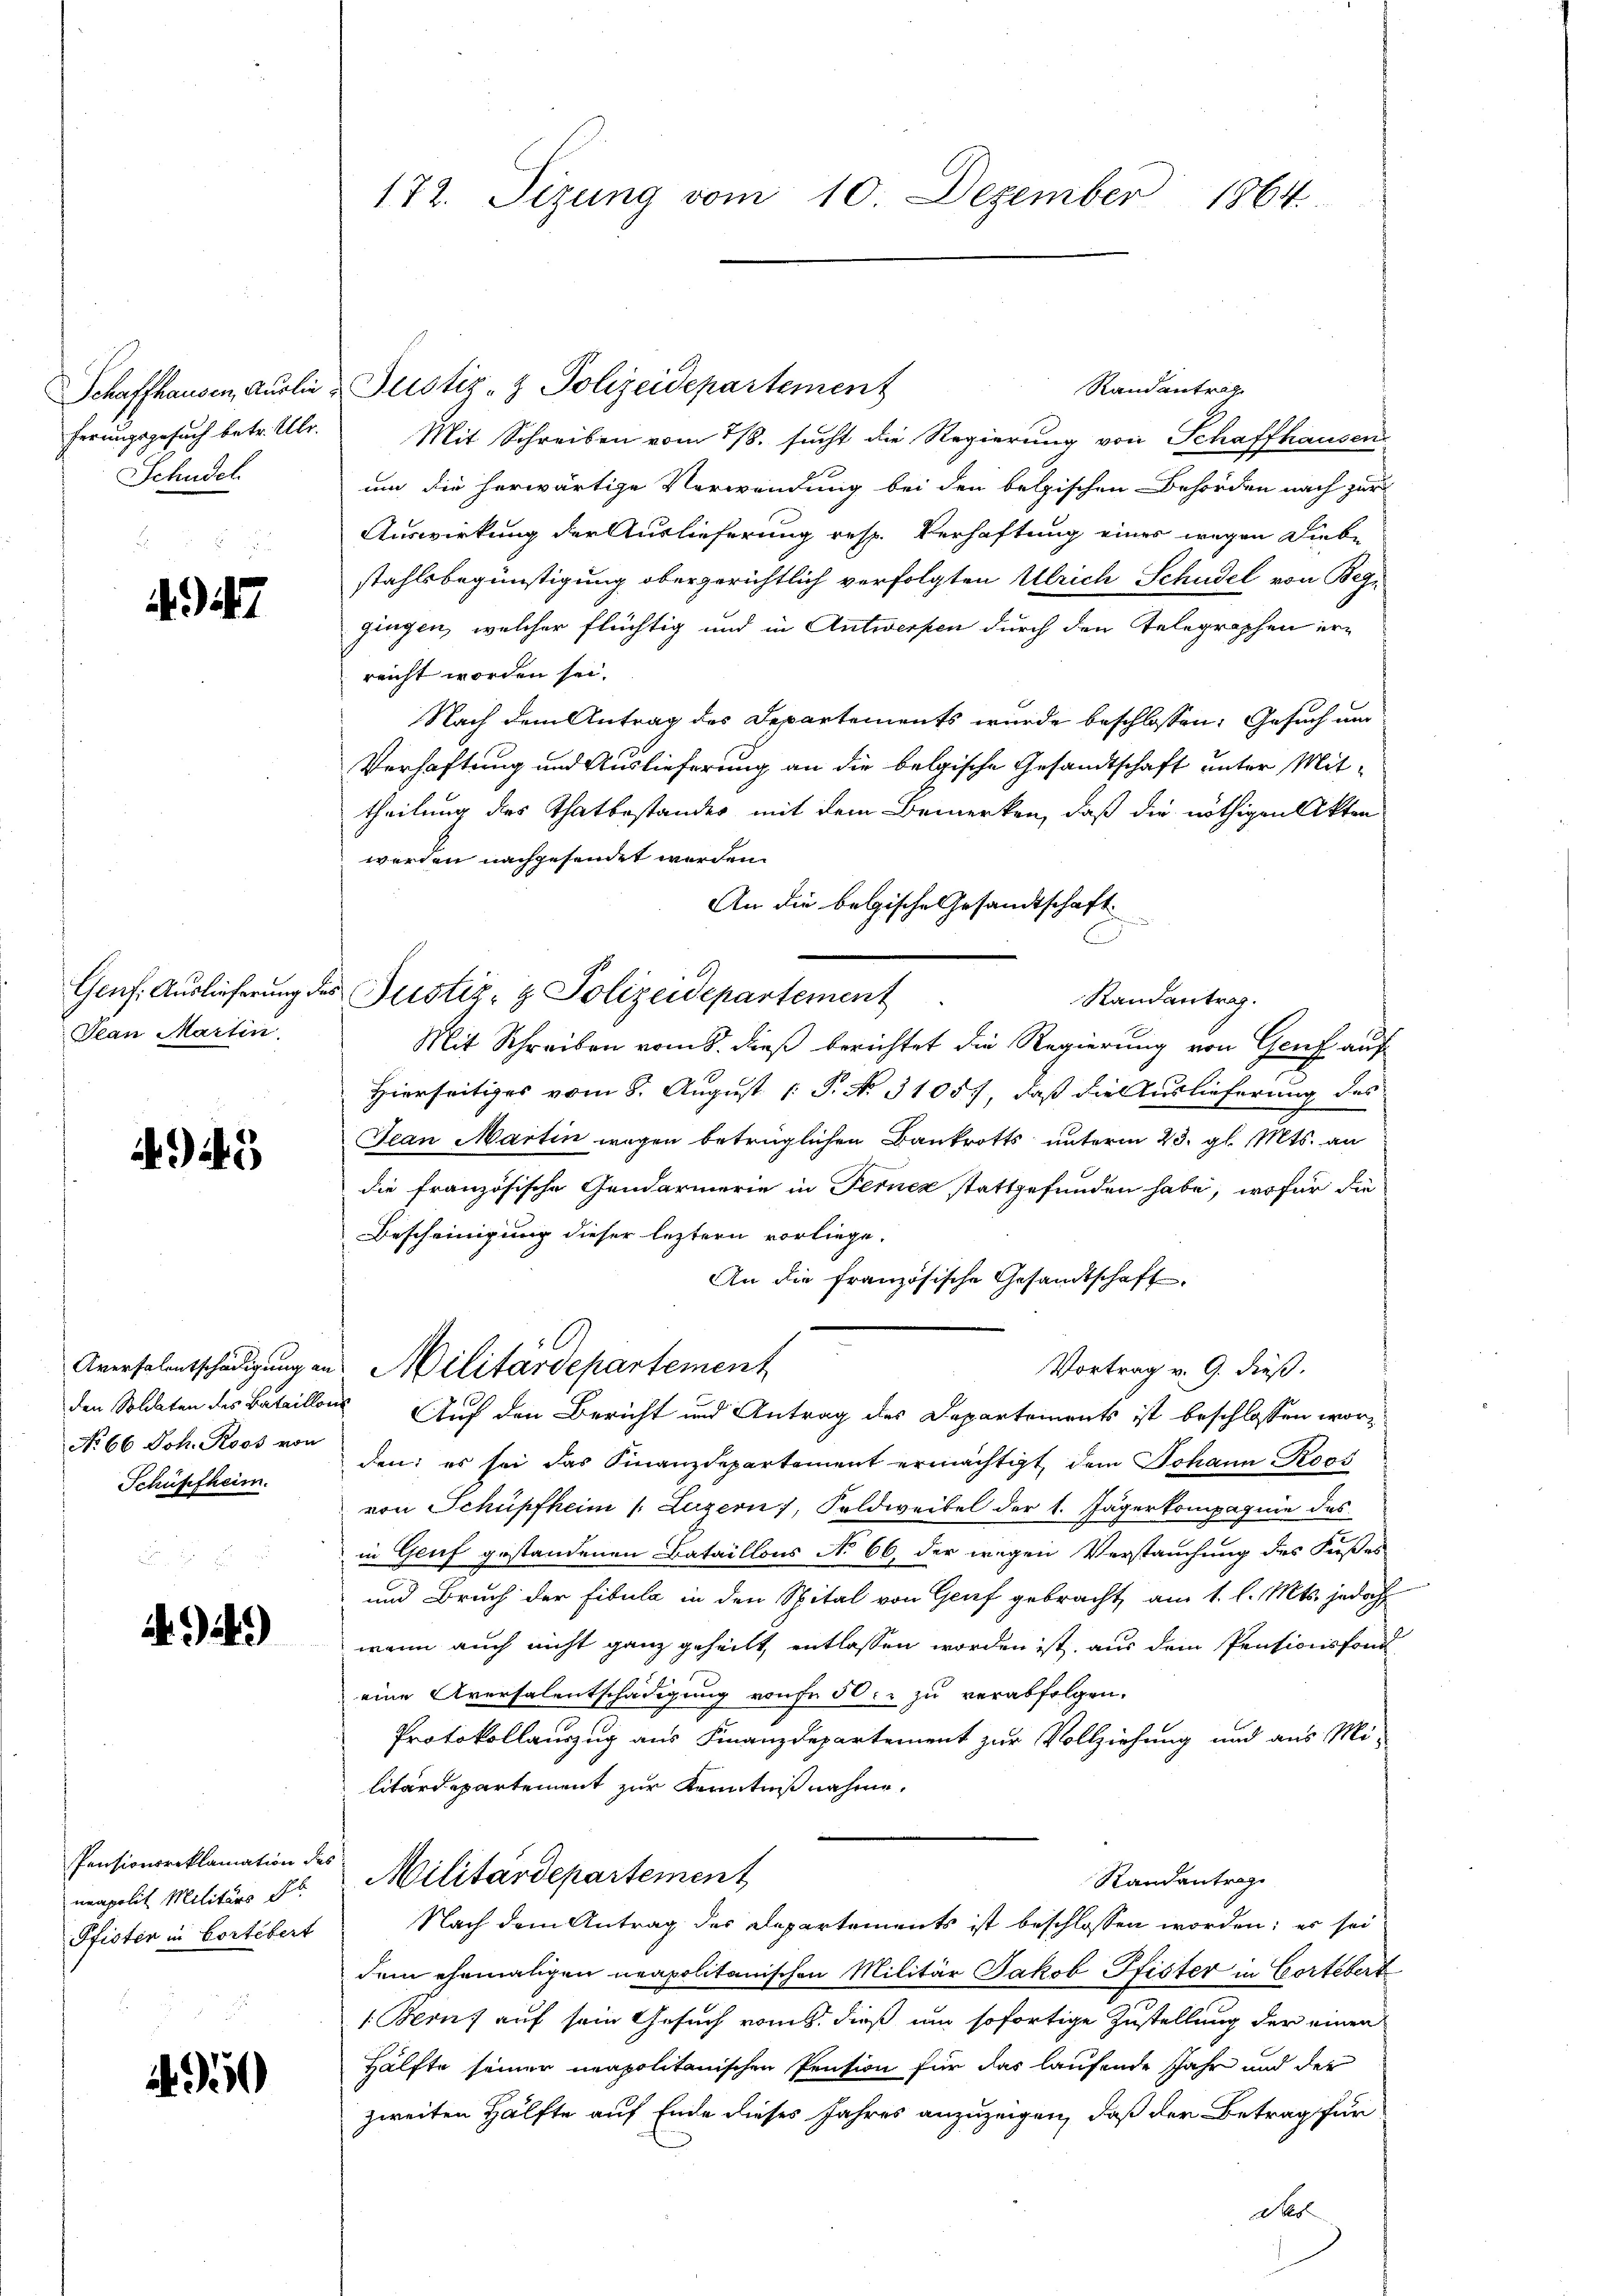
Schudel.
2

7

Jean Martin

3

No 66 Joh. Roos von
Schüsefheim.
.

a. a.)

Pensionsreklamation des
neapolit Militärs St.
Pfisten in Cortebert

Randantrag
Schaffhausen, Auslie Justiz- & Polizeidepartement
ferungsgesuch betr. Ulr. Mit Schreiben vom 7/8. sucht die Regierung von Schaffhausen
um die herwärtige Verwendung bei den belgischen Behörden nach zur
Auswirkung der Auslieferung resp. Verhaftung eines wegen Liebe
stahlsbegünstigung obergerichtlich verfolgten Ulrich Schudel von Begingen, welcher flüchtig und in Antwerfen durch den Telegraphen erreicht worden sei.
Nach dem Antrag des Departements wurde beschlossen: Gesuch um
Verhaftung und Auslieferung an die belgische Gesandtschaft unter Mittheilung des Thatbestandes mit dem Bemerken, daß die nöthigen Akten
werden nachgesendet werden.
An die belgische Gesandtschaft
Randantrag.
Mit Schreiben vom 8. dieß berichtet die Regierung von Genf auf
Hierseitiges vom 8. August [ P. No. 3105), daß die Auslieferung des
Jean Martin wegen betrüglichen Bankrotts unterm 23. gl. Mts. an
die französische Gendarmerie in Ferner stattgefunden habe, wofür die
Bescheinigung dieser leztern vorliege.
An die französische Gesandtschaft.
Aversalentschädigung an Militärdepartement
Vortrag v. 9. dieß.
den Soldaten des Bataillons Auf den Bericht und Antrag des Departements ist beschlossen worden; es sei das Finanzdepartement ermächtigt, dem Johann Roos
von Schüpfheim s. Luzern, Soldweibel der 1. Jägerkompagnie des
in Genf gestandenen Bataillons No 66, der wegen Verstauchung des Fußes
und Bruch der Fibula in den Spital von Genf gebracht, am 1. l. Mts. jedoch
wenn auch nicht ganz geheilt, entlassen worden ist, aus dem Pensionsfond
eine Aversalentschädigung von 50. zu verabfolgen.
Protokollauszug aus Finanzdepartement zur Vollziehung und aus Militärdepartement zur Kenntnißnahme.
Militärdepartement
Randantrag
Nach dem Antrag des Departements ist beschlossen worden; es sei
dem ehemaligen neapolitanischen Militär Jakob Pfister in Cortebert
(Bern auf sein Gesuch vom 5. dieß um sofortige Zustellung der einen
Hälfte seiner neapolitanischen Pension für das laufende Jahr und der
zweiten Hälfte auf Ende dieses Jahres anzuzeigen, daß der Betrag für
Des

172. Sizung vom 10. Dezember 1864.

Genf. Auslieferung des Justiz- & Polizeidepartement